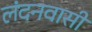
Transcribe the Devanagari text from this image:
लंदनवासी